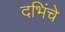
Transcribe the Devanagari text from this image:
दभिंचे